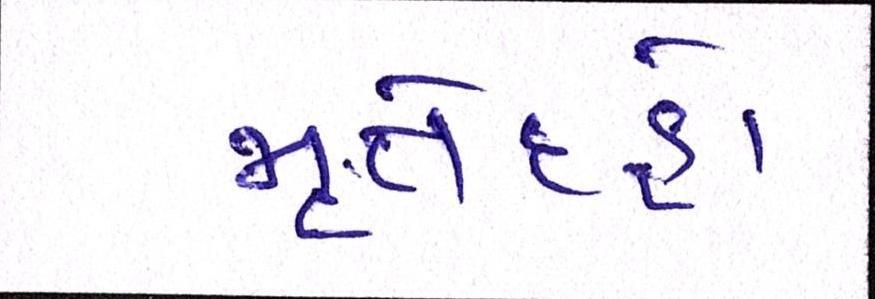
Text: મૃતેદહો